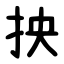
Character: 抰